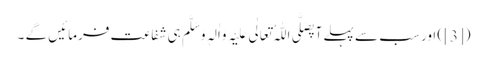
([3]) اور سب سے پہلے آپصَلَّی اللّٰہُ تَعَالٰی عَلَیْہِ وَاٰلہٖ وَسَلَّم ہی شَفاعت فرمائیں گے ۔